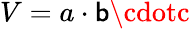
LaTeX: V=a\cdot\mathsf{b}\cdotc